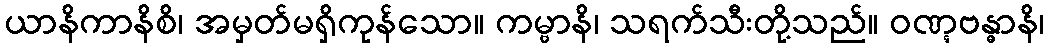
ယာနိကာနိစိ၊ အမှတ်မရှိကုန်သော။ ကမ္ဗာနိ၊ သရက်သီးတို့သည်။ ဝဏ္ဋဗန္ဓာနိ၊